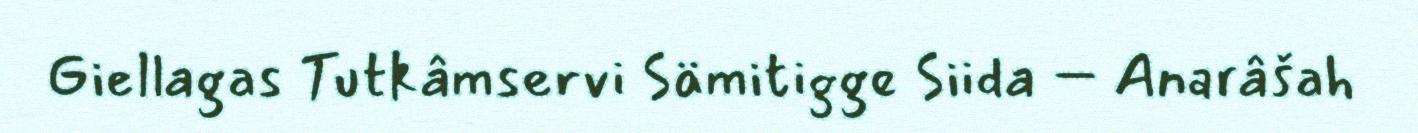
Giellagas Tutkâmservi Sämitigge Siida – Anarâšah